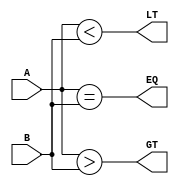
module comparator(
  input [1:0] A,
  input [1:0] B,
  output EQ,
  output GT,
  output LT
);

assign EQ = (A == B);
assign GT = (A > B);
assign LT = (A < B);

endmodule